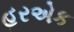
હરએક